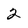
Character: 2